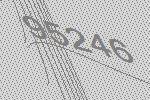
95246